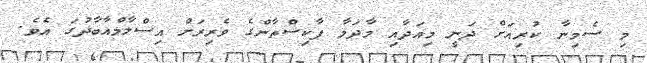
މި ސެމިނާ ކުރިއަށް ދަނީ މިއަދާއި މާދަމާ ޕާކިސްތާންގެ ވެރިރަށް އިސްލާމްއާބާދުގަ އެވެ.